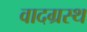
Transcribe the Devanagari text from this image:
वादग्रस्थ